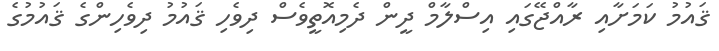
ޤައުމު ކަމަށާއި ރާއްޖޭގައި އިސްލާމް ދީން ދެމިއޮތީވެސް ދިވެހި ޤައުމު ދިވެހިންގެ ޤައުމުގެ